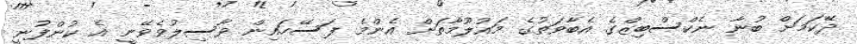
ދޭކަމަށް ބުނާ ނެކްސްބިޒްގެ އެބާވަތުގެ މައުލޫމާތަށް އެންމެ ފަސޭހައިން ވާސިލުވެވޭނީ އެ ކުންފުނީ